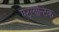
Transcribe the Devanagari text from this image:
एट्लान्टिक